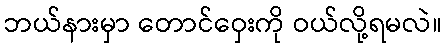
ဘယ်နားမှာ တောင်ဝှေးကို ဝယ်လို့ရမလဲ။